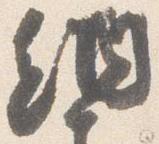
納